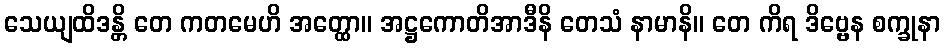
သေယျထိဒန္တိ တေ ကတမေဟိ အတ္ထော။ အဋ္ဌကောတိအာဒီနိ တေသံ နာမာနိ။ တေ ကိရ ဒိဗ္ဗေန စက္ခုနာ